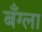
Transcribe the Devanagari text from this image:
बँग्ला